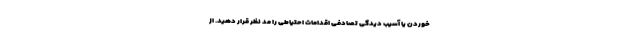
خوردن یا آسیب دیدگی تصادفی اقدامات احتیاطی را مد نظر قرار دهید. از